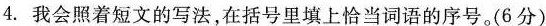
4.我会照着短文的写法，在括号里填上恰当词语的序号。(6分)